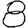
Digit: 8